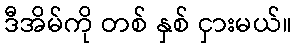
ဒီအိမ်ကို တစ် နှစ် ငှားမယ်။